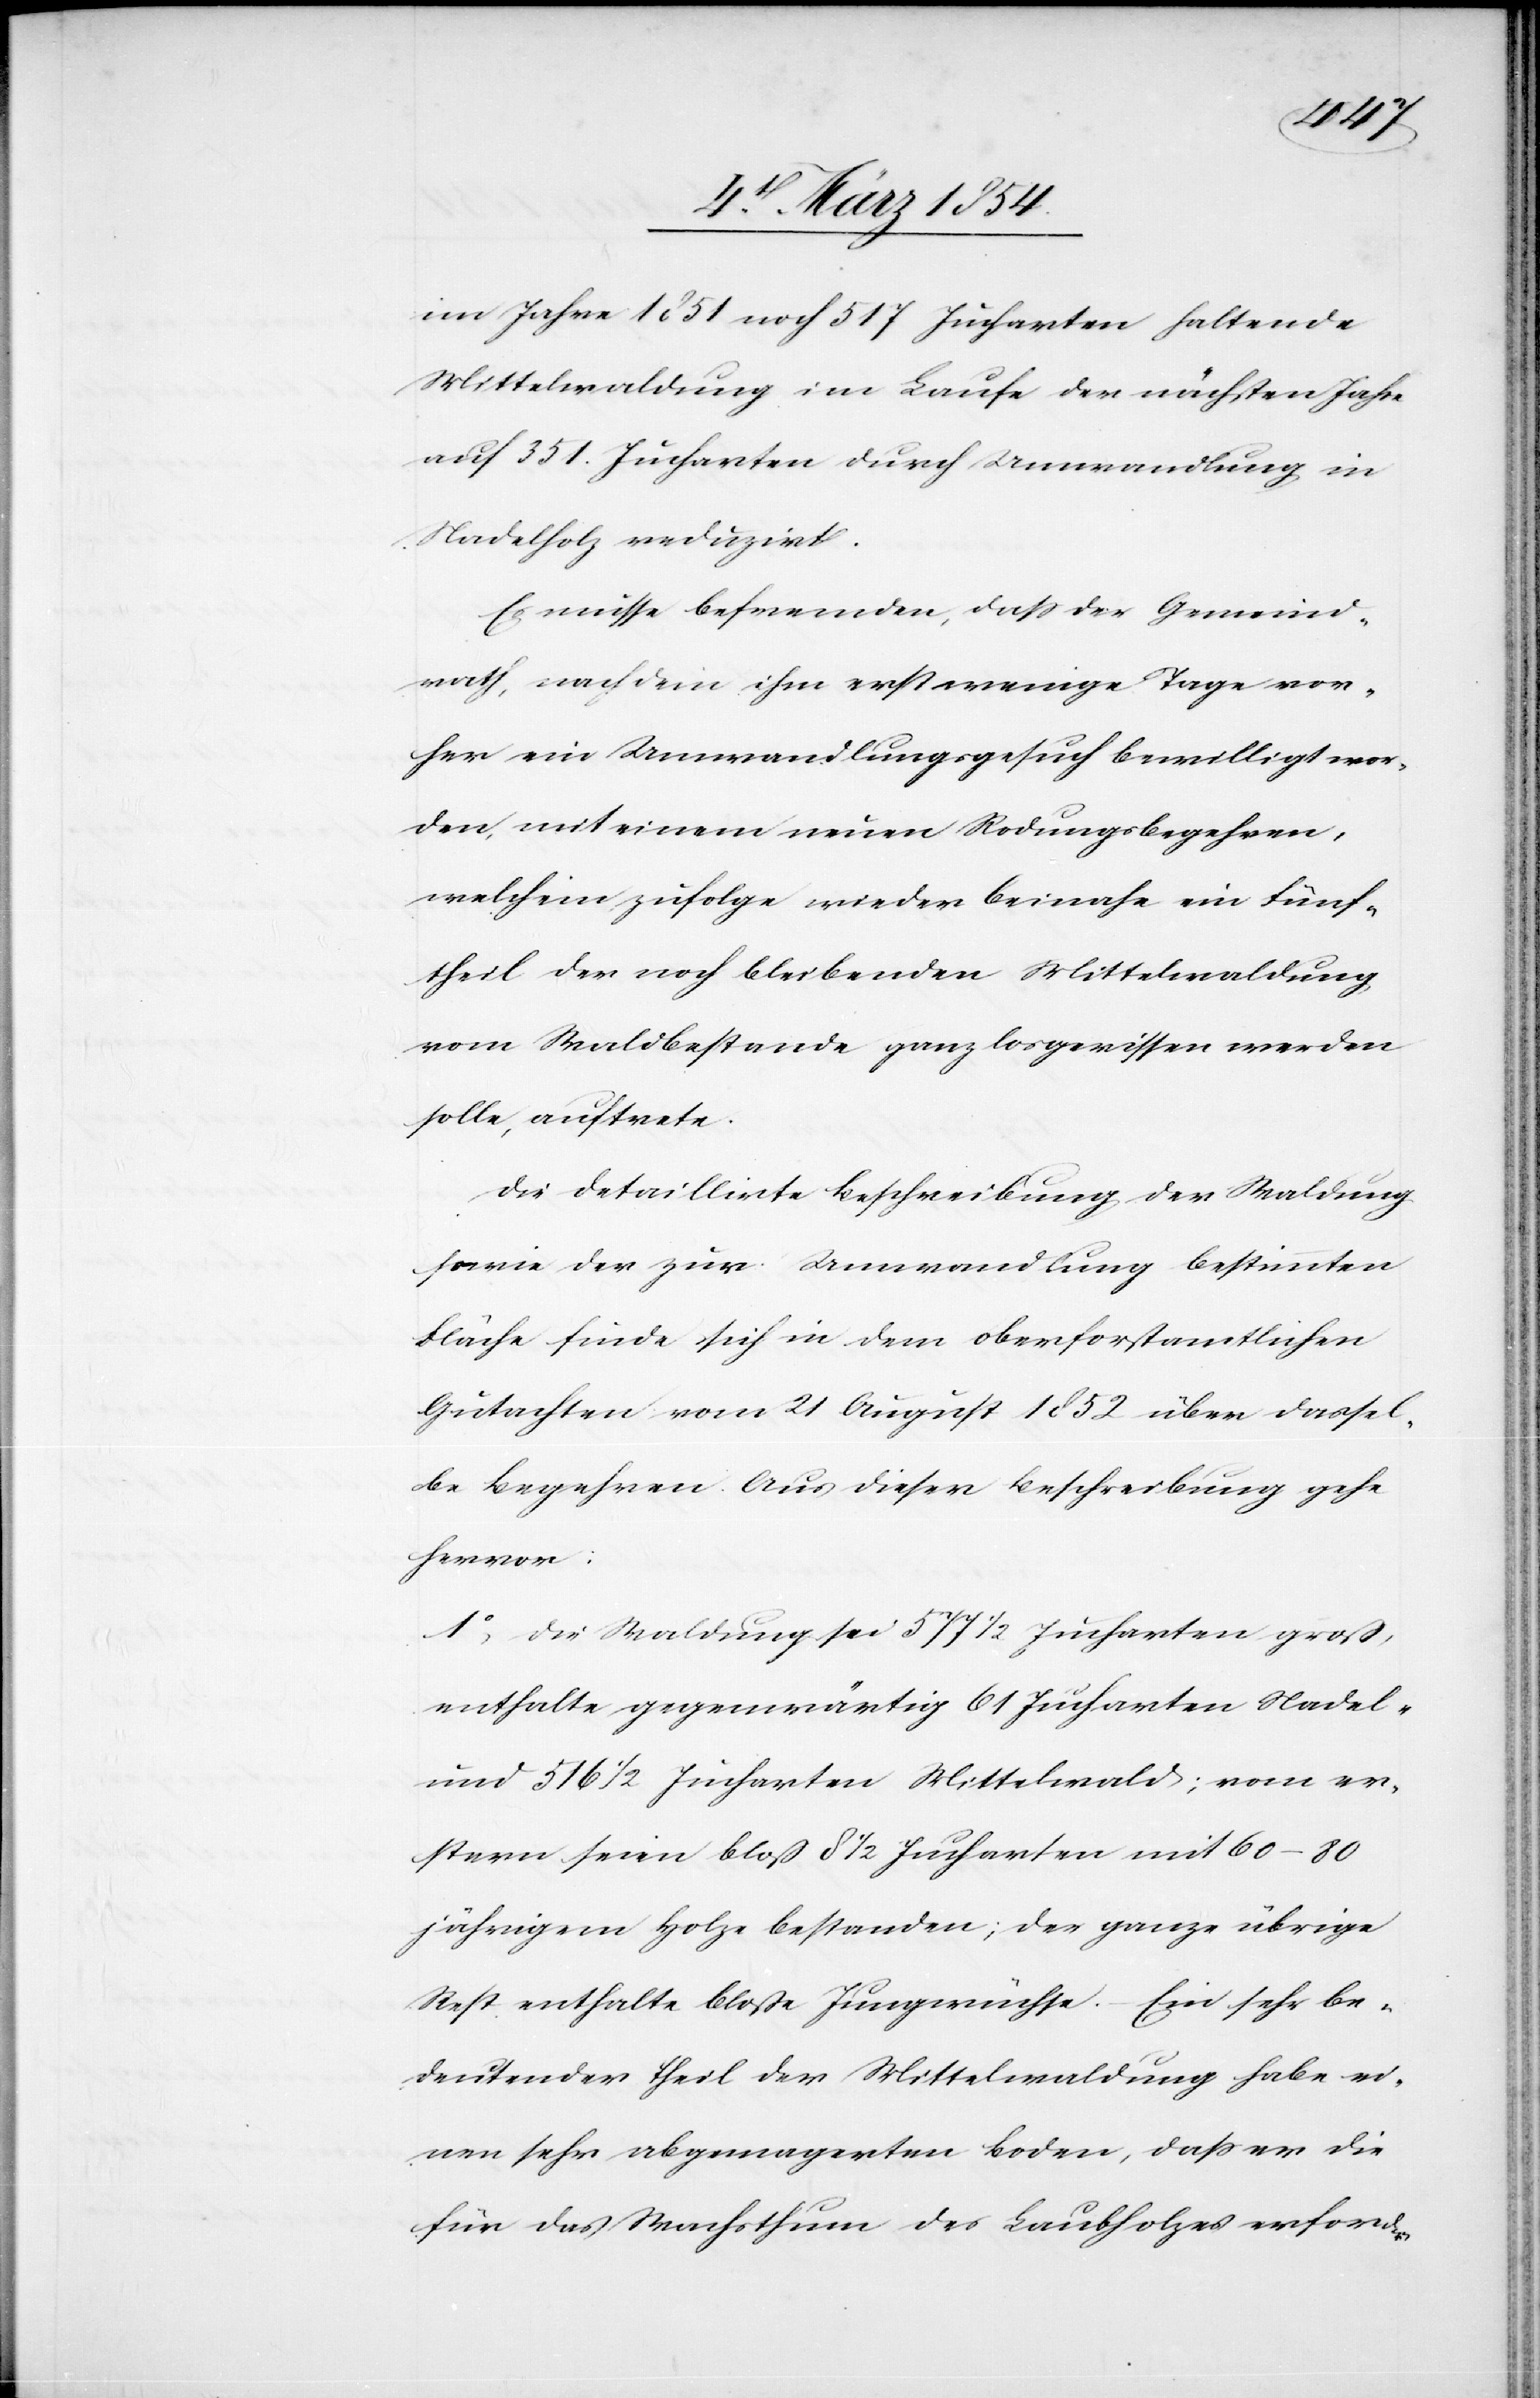
im Jahre 1851 noch 517 Jucharten haltende
Mittelwaldung im Laufe der nächsten Jahre
auf 351. Jucharten durch Umwandlung in
Nadelholz reduzirt.
Es müsse befremden, daß der Gemeind¬
rath, nach dem ihm erst wenige Tage vor¬
her ein Umwandlungsgesuch bewilligt wor¬
den, mit einem neuen Rodungsbegehren,
welchem zufolge wieder beinahe ein Fünf¬
theil der noch bleibenden Mittelwaldung
vom Waldbestande ganz losgerissen werden
solle, auftrete.
Die detaillirte Beschreibung der Waldung
sowie der zur Umwandlung bestimmten
Fläche finde sich in dem oberforstamtlichen
Gutachten vom 21 August 1852 über dassel¬
be Begehren. Aus dieser Beschreibung gehe
hervor:
1o Die Waldung sei 577 ½ Jucharten groß,
enthalte gegenwärtig 61 Jucharten Nadelh¬
olz 516 ½ Jucharten Mittelwald; vom er¬
stern seien bloß 8 ½ Jucharten mit 60–80
jährigem Holze bestanden; der ganze übrige
Rest enthalte bloße Jungwüchse. – Ein sehr be¬
deutender Theil der Mittelwaldung habe ei¬
nen sehr abgemagerten Boden, daß er die
für das Wachsthum des Laubholzes erforder-